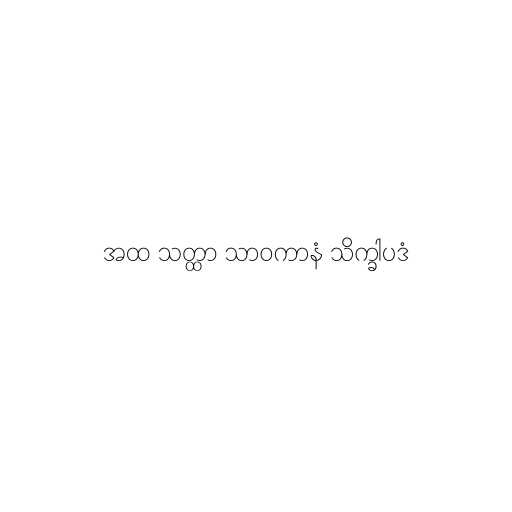
အထ သတ္ထာ သာဝကာနံ သိက္ခါပဒံ